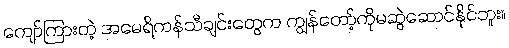
ကျော်ကြားတဲ့ အမေရိကန်သီချင်းတွေက ကျွန်တော့်ကိုမဆွဲဆောင်နိုင်ဘူး။